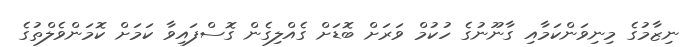
ނިޒާމުގެ މިނިވަންކަމާއި ގާނޫނުގެ ހުކުމް ވަރަށް ބޮޑަށް ގެއްލިިގެން ގޮސްފައިވާ ކަމަަށް ކޮމަންވެލްތުގެ